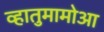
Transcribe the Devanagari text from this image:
व्हातुमामोआ